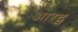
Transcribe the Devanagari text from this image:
आरट्स